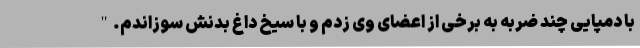
با دمپایی چند ضربه به برخی از اعضای وی زدم و با سیخ داغ بدنش سوزاندم."